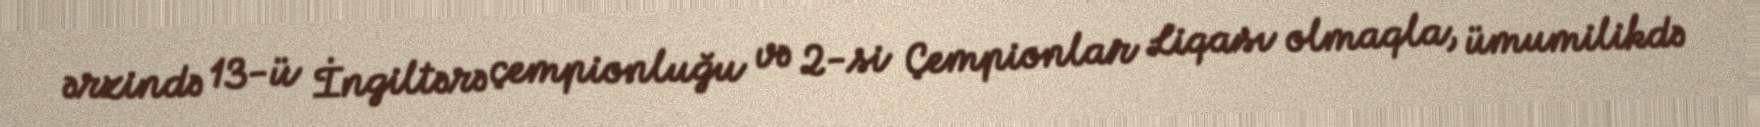
ərzində 13-ü İngiltərə çempionluğu və 2-si Çempionlar Liqası olmaqla, ümumilikdə